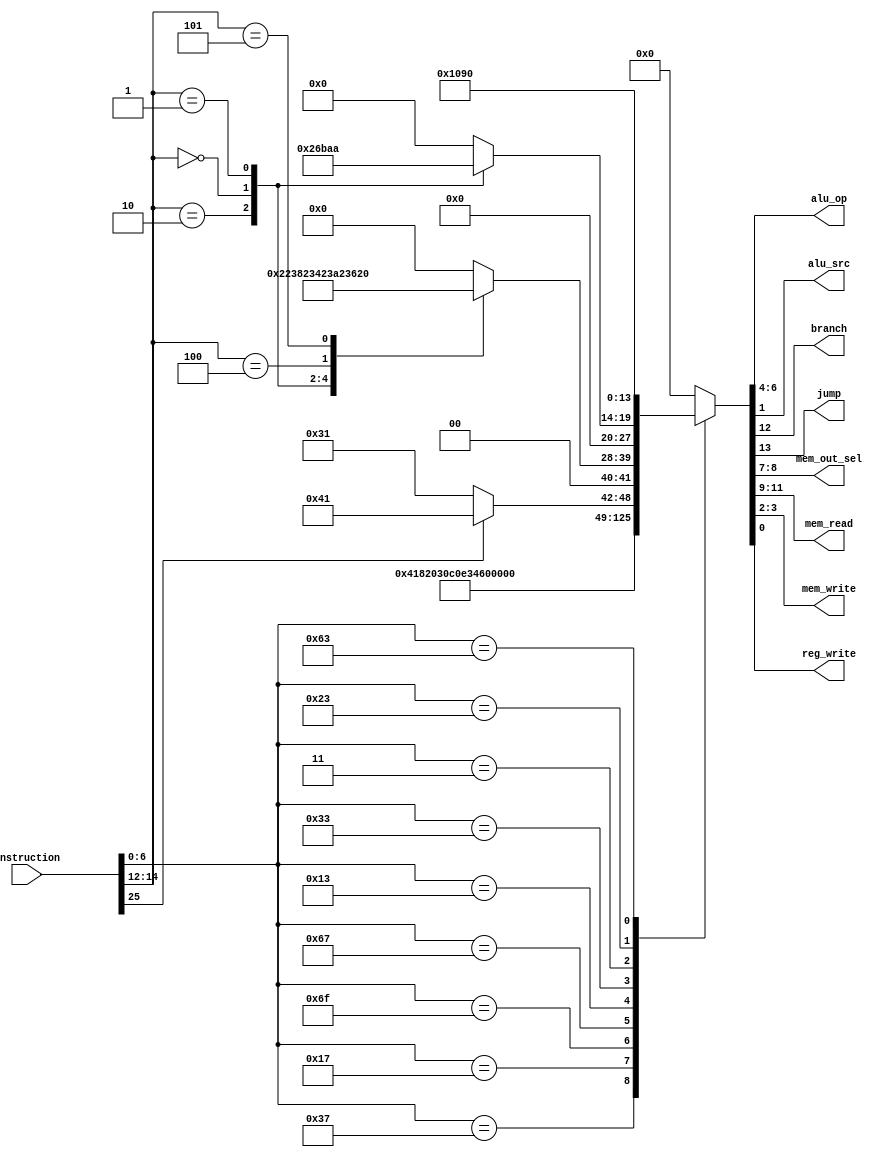
/* 
    RiscV32I Single Cycle Processor 
    Copyright (C) 2023 Ahmed Waseem, Ahmed ElBarbary

    This program is free software; you can redistribute it and/or modify
    it under the terms of the GNU General Public License as published by
    the Free Software Foundation; either version 2 of the License, or
    (at your option) any later version.

    This program is distributed in the hope that it will be useful,
    but WITHOUT ANY WARRANTY; without even the implied warranty of
    MERCHANTABILITY or FITNESS FOR A PARTICULAR PURPOSE.  See the
    GNU General Public License for more details.

    You should have received a copy of the GNU General Public License along
    with this program; if not, write to the Free Software Foundation, Inc.,
    51 Franklin Street, Fifth Floor, Boston, MA 02110-1301 USA.

*/ 

`resetall
`timescale 1ns/10ps
module cu( 
   input   wire    [32-1:0] Instruction, 
   output  wire    [2:0]    alu_op, 
   output  wire             alu_src, 
   output  wire             branch, 
   output  wire             jump, 
   output  wire    [1:0]    mem_out_sel, 
   output  wire    [2:0]    mem_read, 
   output  wire    [1:0]    mem_write, 
   output  wire             reg_write
);

// ### Please start your Verilog code here ###
// Internal Declarations
    reg [13:0] flags;
    
    assign {jump, branch, mem_read, mem_out_sel, alu_op, mem_write, alu_src, reg_write} = flags;
      

    initial begin 
        flags = 14'b00000000; 
    end
    
    
    // nop    sub   add           I-FORMAT/R-FORMAT FUNCT           MUL/DIV/REM FUNCT     
    // 000    001   010           011                               100                                <= aluop
    // 0011   0001  check JALR    case on FUNCT                     case on FUNCT                      <= alufn output
    
    always @ (*) begin : COMBINATIONAL_OUTPUT
        case(Instruction[7-1:0]) 
            
            //LUI 
            7'b0110111 : flags = 14'b00_000_01_000_00_11; 
            
            //AUIPC 
            7'b0010111 : flags = 14'b00_000_10_000_00_01; 
            
            //JAL      
            7'b1101111 : flags = 14'b10_000_11_000_00_01; 
            
            //JALR 
            7'b1100111 : flags = 14'b11_000_11_010_00_11;
            
            //I-format 
            7'b0010011 : flags = 14'b00_000_01_011_00_11;
            
            //R-format
            7'b0110011 : begin 
                          if (Instruction[25]) begin // I SPEC 
                            flags = 14'b00_000_01_100_00_01;
                          end 
                          else begin //M SPEC
                            flags = 14'b00_000_01_011_00_01;
                          end
                         end
            
            
            //LW
            7'b0000011 : begin 
                            case(Instruction[14:12]) 
                                3'b010 : flags = 14'b00_001_00_010_00_11; //LW  
                                3'b000 : flags = 14'b00_100_00_010_00_11; //LB 
                                3'b001 : flags = 14'b00_010_00_010_00_11; //LH 
                                3'b100 : flags = 14'b00_101_00_010_00_11; //LBU 
                                3'b101 : flags = 14'b00_011_00_010_00_11; //LHU  

                                default : flags = 14'b00_000_00_000_00_00;
                            endcase 
                         end
 
            7'b0100011 : begin  
                            case(Instruction[14:12]) 

                                3'b010: flags = 14'b00_000_00_010_01_10;    //SW
                                3'b000: flags = 14'b00_000_00_010_11_10;    //SB 
                                3'b001: flags = 14'b00_000_00_010_10_10;    //SH

                                default: flags = 14'b00_000_00_000_00_00;
                            endcase  
                        end
                    
            7'b1100011 : flags = 14'b01_000_01_001_00_00;
            
            
          
            
            default    : flags = 14'b00_000_00_000_00_00; 
            
        endcase
        
    end

endmodule